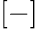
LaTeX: [-]